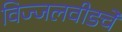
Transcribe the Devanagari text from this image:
विज्जलवीडचे